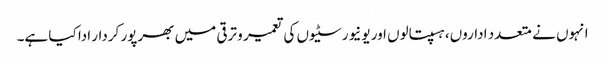
انہوں نے متعدد اداروں، ہسپتالوں اور یونیورسٹیوں کی تعمیر و ترقی میں بھرپور کردار ادا کیا ہے۔